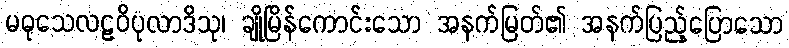
မဓုသေလဠဝိပုလာဒိသု၊ ချိုမြိန်ကောင်းသော အနက်မြတ်၏ အနက်ပြည့်ပြောသော